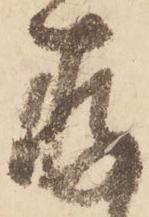
存